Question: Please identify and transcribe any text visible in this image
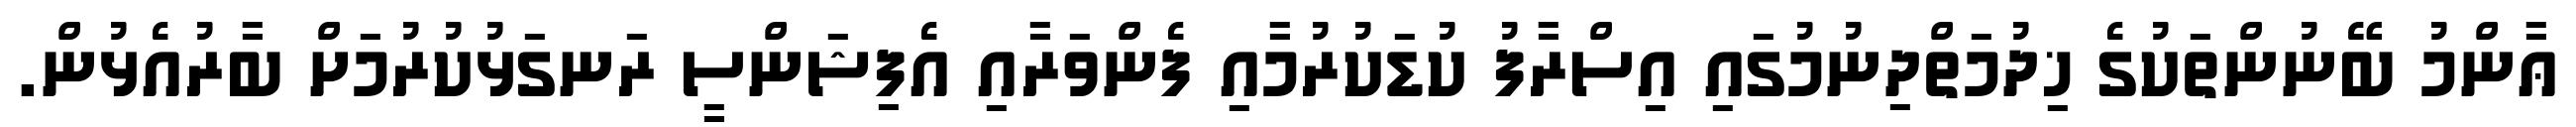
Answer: ޢާންމު ބޭނުންތަކުގެ ޚިދުމަތްދިނުމުގައި އިސްރާފު ކުޑަކުރުމާއި ފެންވަރާއި އެފިޝަންސީ ރަނގަޅުކުރުމަށް ބާރުއެޅުން.